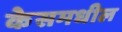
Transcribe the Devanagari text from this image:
केसमधील